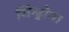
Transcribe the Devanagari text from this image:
सिन्ड्रोम।